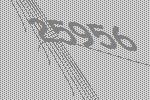
25956